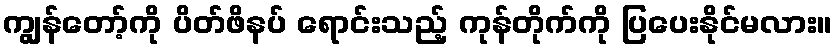
ကျွန်တော့်ကို ပိတ်ဖိနပ် ရောင်းသည့် ကုန်တိုက်ကို ပြပေးနိုင်မလား။